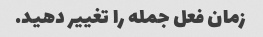
زمان فعل جمله را تغییر دهید.